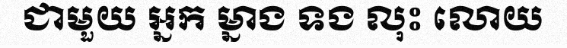
ជាមួយ អ្នក ម្នាង ទង លុះ លោយ